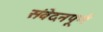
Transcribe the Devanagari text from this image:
संवेदनपूर्ण